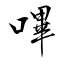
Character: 嗶